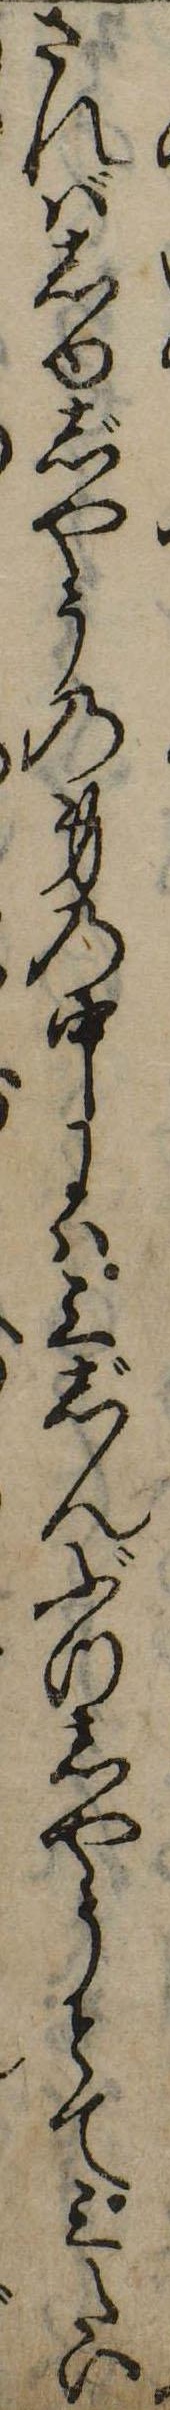
さればしゆじやうの身の中には三じんぶつしやうとて三たい